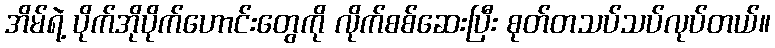
အိမ်ရဲ့ ပိုက်အိုပိုက်ဟောင်းတွေကို လိုက်စစ်ဆေးပြီး စုတ်တသပ်သပ်လုပ်တယ်။